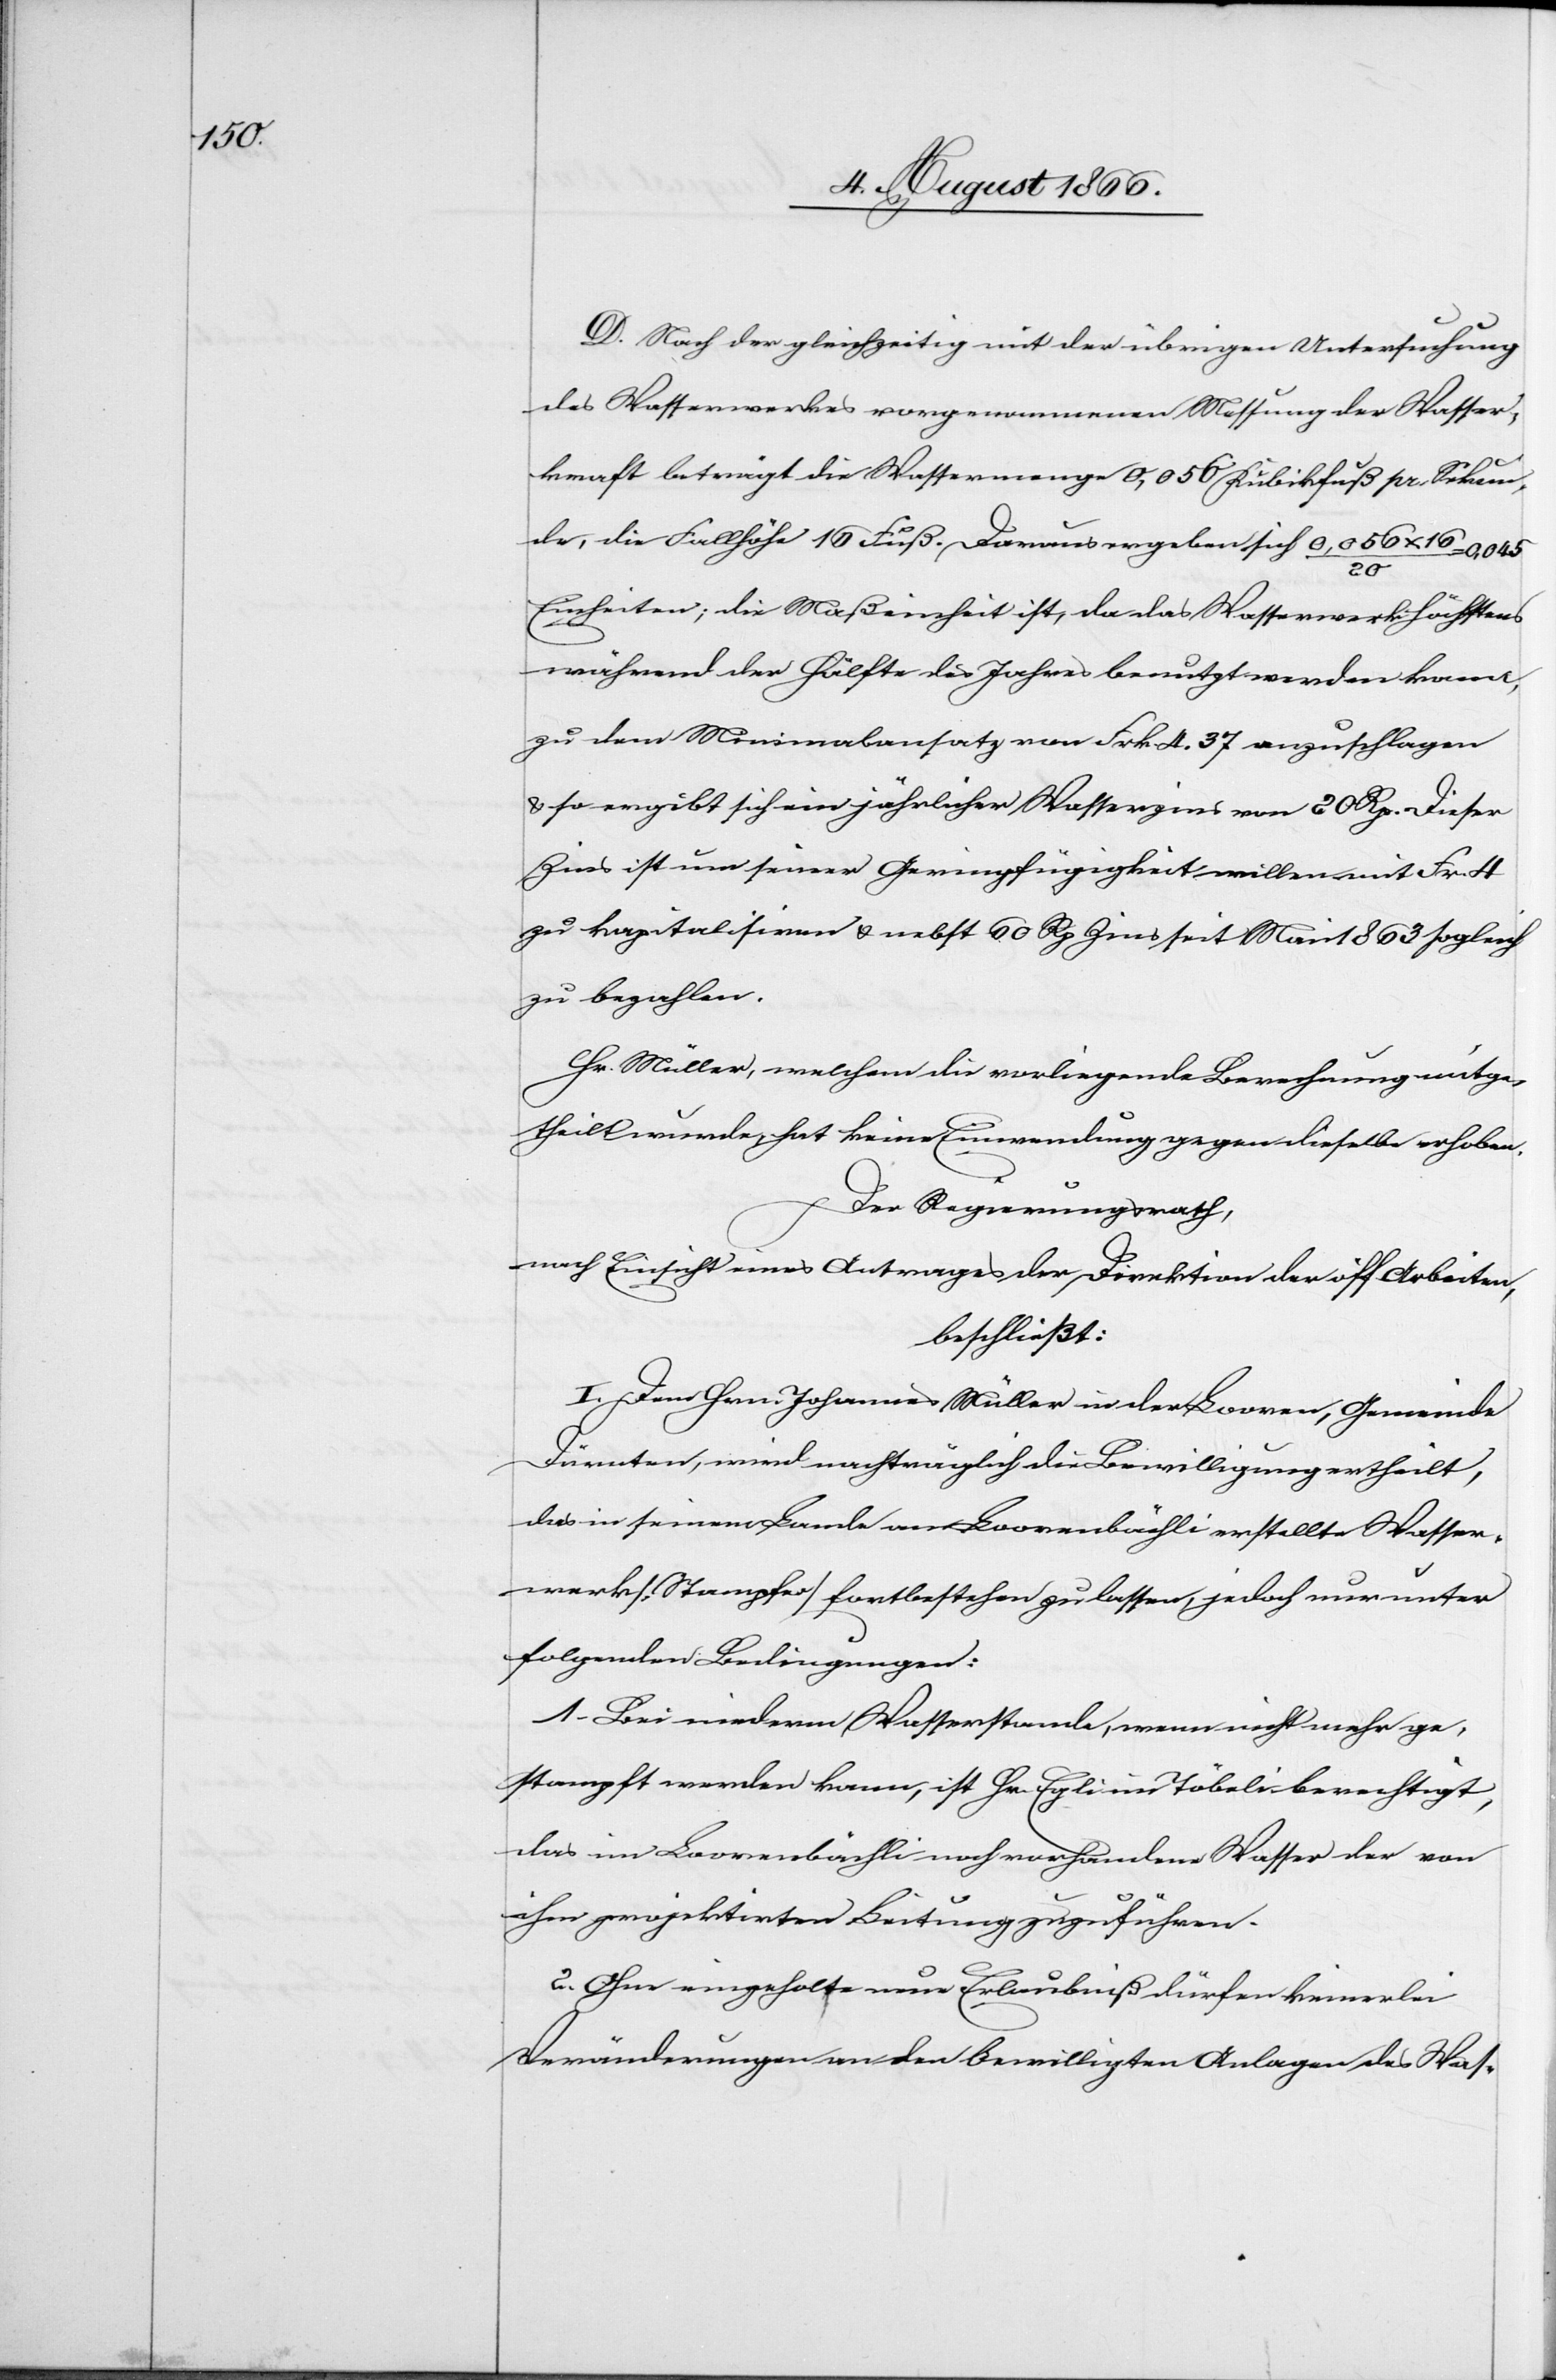
D. Nach der gleichzeitig mit der übrigen Untersuchung
des Wasserwerkes vorgenommenen Messung der Wasser¬
kraft beträgt die Wassermenge 0,056 Kubikfuß pr. Sekun¬
de, die Fallhöhe 10 Fuß. Daraus ergeben sich 0,056 x 10 /
20
Ein¬
heiten; die Maßeinheit ist, da das Wasserwerk höchstens
während der Hälfte des Jahres benutzt werden kann,
zu dem Minimalansatz von Frk. 4.37 anzuschlagen
u. es ergibt sich ein jährlicher Wasserzins von 20 Rp. Dieser
Zins ist um seiner Geringfügigkeit willen mit Fr. 4
zu kapitalisiren u. nebst 60 Rp. Zins seit Mai 1863 sogleich
zu bezahlen.
Hr. Müller, welchen die vorliegende Berechnung mitge¬
theilt wurde, hat keine Einwendungen gegen dieselbe erhoben.
Der Regierungsrath,
nach Einsicht eines Antrages der Direktion der öff. Arbeiten,
beschließt:
I. Dem Hrn. Johannes Müller in der Looren, Gemeinde
Dürnten, wird nachträglich die Bewilligung ertheilt,
das in seinem Lande am Loorenbächli erstellte Wasser¬
werk [Stampfe] fortbestehen zu lassen, jedoch nur unter
folgenden Bedingungen:
1. Bei niederm Wasserstande, wenn nicht mehr ge¬
stampft werden kann, ist Hr. Egli im Töbeli berechtigt,
das im Loorenbächli noch vorhandene Wasser der von
ihm projektirten Leitung zuzuführen.
2. Ohne eingeholte neue Erlaubniß dürfen keinerlei
Veränderungen an den bewilligten Anlagen des Was-